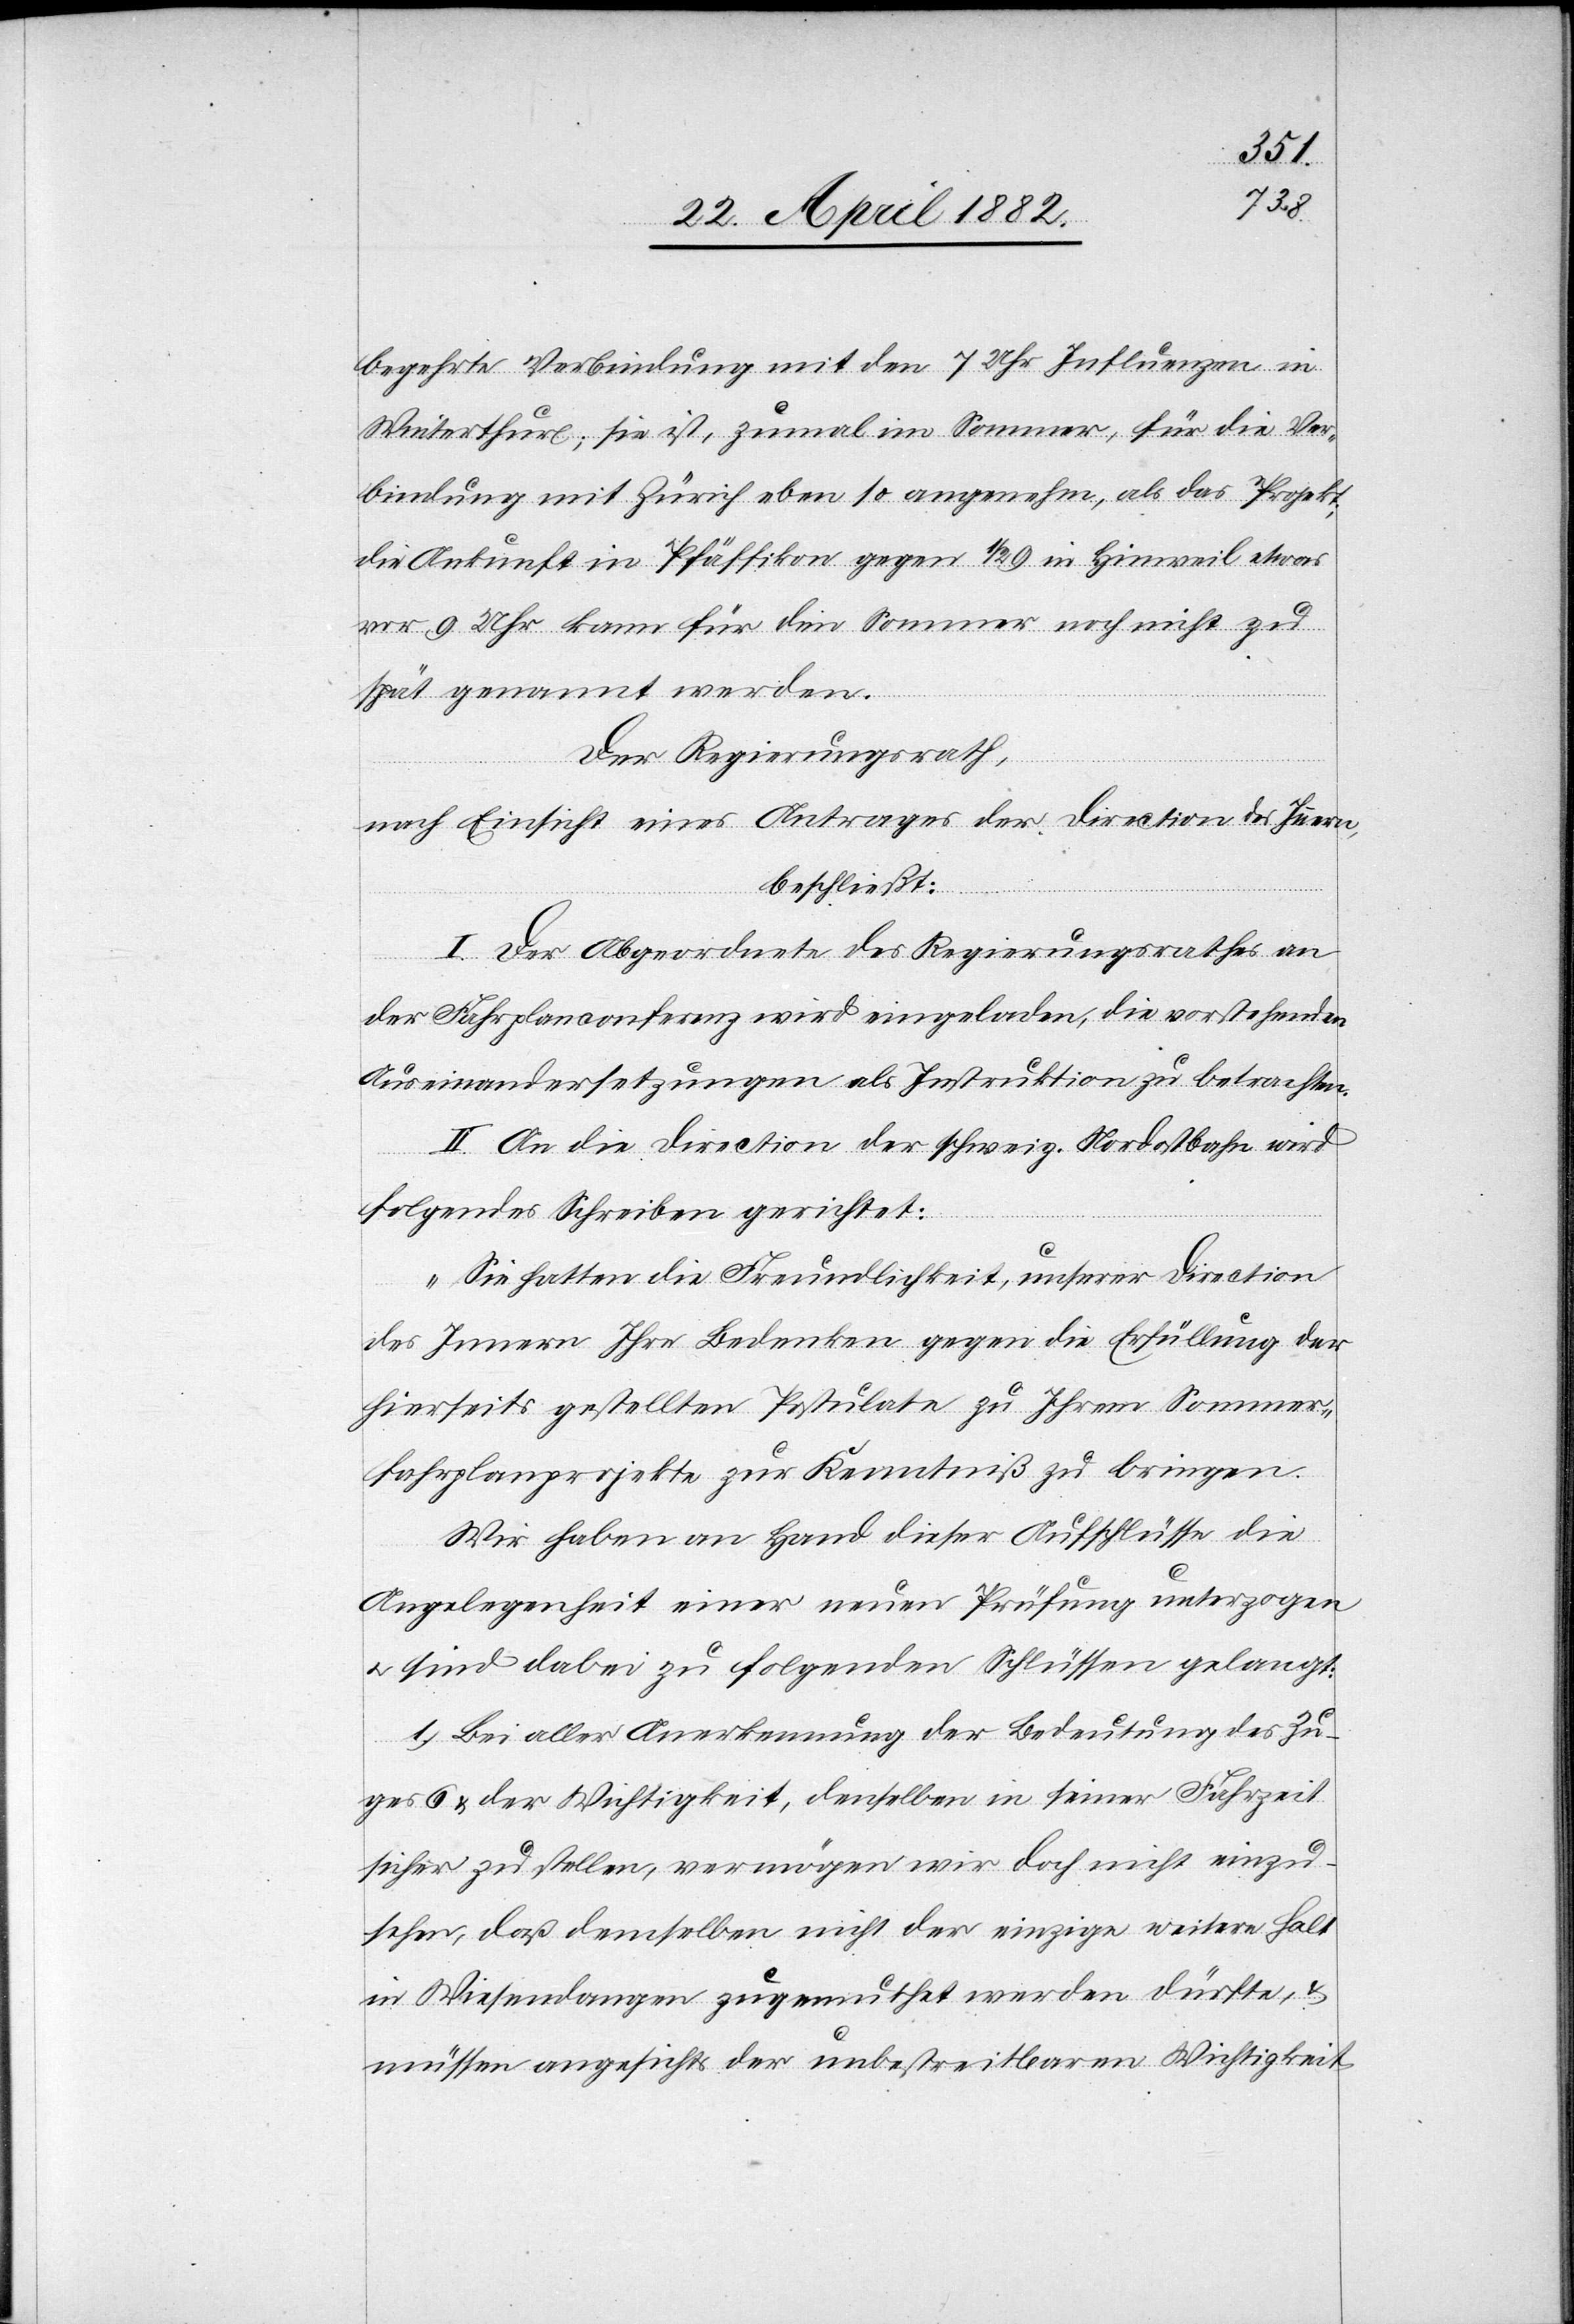
begehrte Verbindung mit den 7 Uhr Influenzen in
Winterthur; sie ist, zumal im Sommer, für die Ver¬
bindung mit Zürich eben so angenehm, als das Projekt;
die Ankunft in Pfäffikon gegen 1 1/2 in Hinweil etwas
vor 9 Uhr kann für den Sommer noch nicht zu
spät genannt werden.
Der Regierungsrath,
nach Einsicht eines Antrages der Direction des Innern,
beschließt:
I. Der Abgeordnete des Regierungsrathes an
der Fahrplanconferenz wird eingeladen, die vorstehenden
Auseinandersetzungen als Instruktion zu betrachten.
II. An die Direction der schweiz. Nordostbahn wird
folgendes Schreiben gerichtet:
„Sie hatten die Freundlichkeit, unserer Direction
des Innern Ihre Bedenken gegen die Erfüllung der
hierseits gestellten Postulate zu Ihrem Sommer¬
fahrplanprojekte zur Kenntniß zu bringen.
Wir haben an Hand dieser Aufschlüsse die
Angelegenheit einer neuen Prüfung unterzogen
u. sind dabei zu folgenden Schlüssen gelangt:
1. Bei aller Anerkennung der Bedeutung des Zu¬
ges 6 & der Wichtigkeit, denselben in seiner Fahrzeit
sicher zu stellen, vermögen wird doch nicht einzu¬
sehen, daß demselben nicht der einzige weitere Halt
in Wiesendangen zugemuthet werden dürfte, &
müssen wir angesichts der unbestreitbaren Wichtigkeit